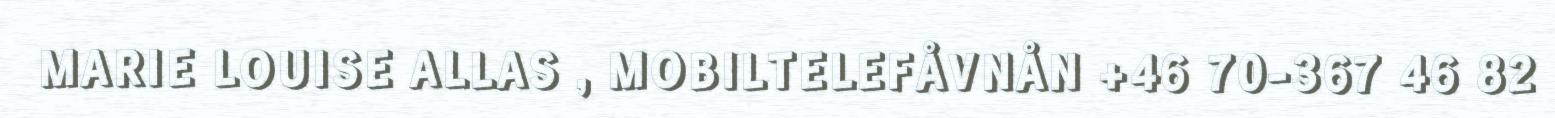
MARIE LOUISE ALLAS , MOBILTELEFÅVNÅN +46 70-367 46 82